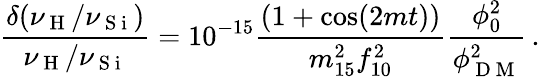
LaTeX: \frac{\delta(\nu_{\mathrm{~H~}}/\nu_{\mathrm{~S~i~}})}{\nu_{\mathrm{~H~}}/\nu_{\mathrm{~S~i~}}}=10^{-15}\frac{(1+\cos(2mt))}{m_{15}^{2}f_{10}^{2}}\frac{\phi_{0}^{2}}{\phi_{\mathrm{~D~M~}}^{2}}\, .